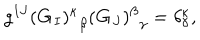
g ^ { I J } { ( { \bf G } _ { I } ) ^ { \kappa } } _ { \beta } { ( { \bf G } _ { J } ) ^ { \beta } } _ { \gamma } = \delta _ { \gamma } ^ { \kappa } ,